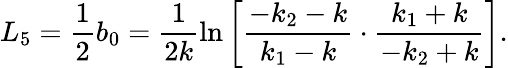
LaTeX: L_{5}=\frac{1}{2}b_{0}=\frac{1}{2k}\ln\left[\frac{-k_{2}-k}{k_{1}-k}\cdot\frac{k_{1}+k}{-k_{2}+k}\right].